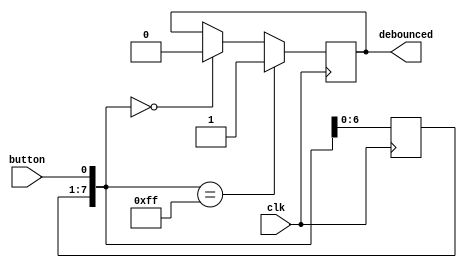
module debounce (
    input clk,
    input button,
    output reg debounced
);
    parameter hist_len = 8;
    localparam on_value = 2 ** hist_len - 1;
    reg [hist_len-1:0] button_hist = 0;

    always@(posedge clk) begin
        button_hist = {button_hist[hist_len-2:0], button };
        if(button_hist == on_value) 
           debounced <= 1;
        else if(button_hist == 0)
           debounced <= 0;
    end

endmodule